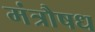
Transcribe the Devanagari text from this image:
मंत्रौषध